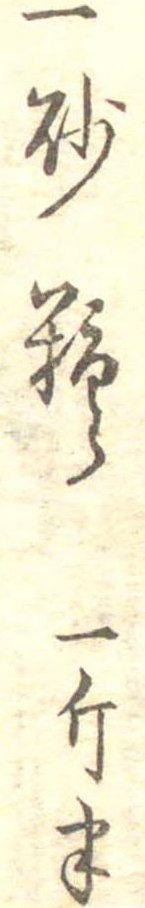
一砂糖一斤半